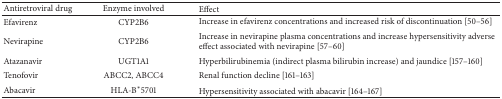
| Antiretroviral drug | Enzyme involved | Effect |
 | --- | --- | --- |
 | Efavirenz | CYP2B6 | Increase in efavirenz concentrations and increased risk of discontinuation [50–56] |
 | Nevirapine | CYP2B6 | Increase in nevirapine plasma concentrations and increase hypersensitivity adverse effect associated with nevirapine [57–60] |
 | Atazanavir | UGT1A1 | Hyperbilirubinemia (indirect plasma bilirubin increase) and jaundice [157–160] |
 | Tenofovir | ABCC2, ABCC4 | Renal function decline [161–163] |
 | Abacavir | HLA-B∗5701 | Hypersensitivity associated with abacavir [164–167] |